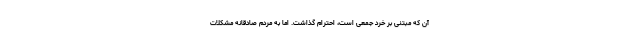
آن که مبتنی بر خرد جمعی است، احترام گذاشت. اما به مردم صادقانه مشکلات